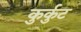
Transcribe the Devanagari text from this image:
कुर्कुट